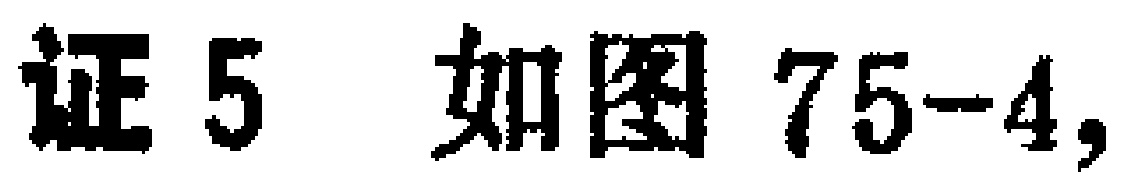
证5 如图75-4,